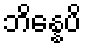
ဘိန္နေပိ